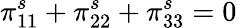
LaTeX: \pi_{11}^{s}+\pi_{22}^{s}+\pi_{33}^{s}=0